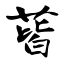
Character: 蒈